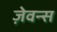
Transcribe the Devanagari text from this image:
ज़ेवन्स